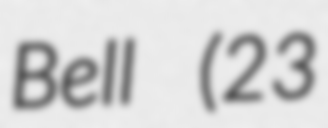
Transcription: Bell (23